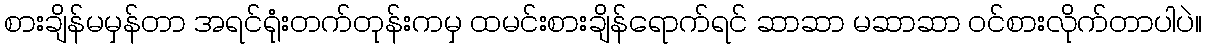
စားချိန်မမှန်တာ အရင်ရုံးတက်တုန်းကမှ ထမင်းစားချိန်ရောက်ရင် ဆာဆာ မဆာဆာ ဝင်စားလိုက်တာပါပဲ။